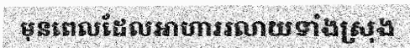
មុនពេលដែលអាហាររលាយទាំងស្រុង